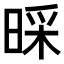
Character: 𣈄